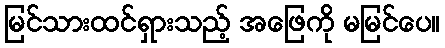
မြင်သားထင်ရှားသည့် အဖြေကို မမြင်ပေ။